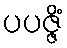
ပပဇ္ဇိံ